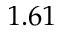
1 . 6 1